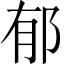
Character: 郁